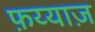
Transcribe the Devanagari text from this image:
फ़य्याज़